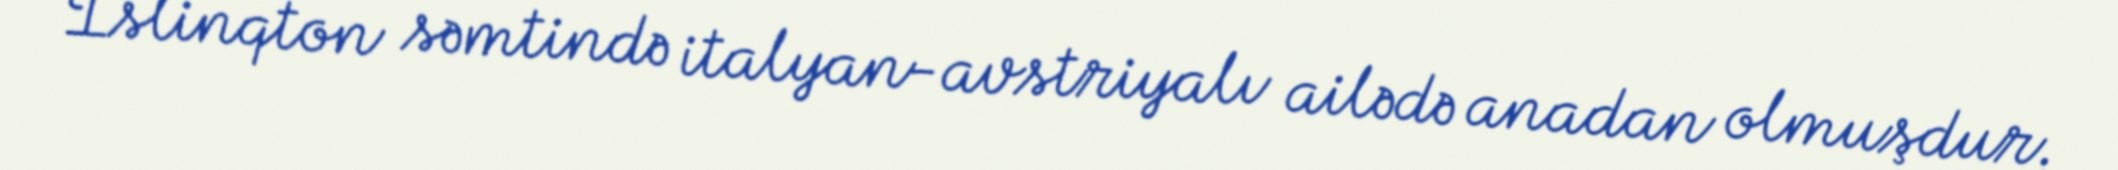
İslinqton səmtində italyan-avstriyalı ailədə anadan olmuşdur.